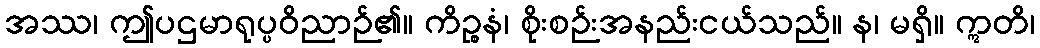
အဿ၊ ဤပဌမာရုပ္ပဝိညာဉ်၏။ ကိဉ္စနံ၊ စိုးစဉ်းအနည်းငယ်သည်။ န၊ မရှိ။ ဣတိ၊